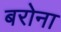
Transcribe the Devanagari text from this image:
बरोना